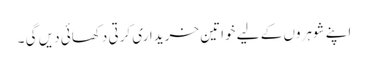
اپنے شوہروں کے لیے خواتین خریداری کرتی دکھائی دیں گی ۔